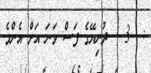
:  3   ދުނިޔޭގެ ފަސް ވަނަ އަށް އެންމެ